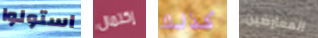
استولوا إكتمال كذلك المعارضين